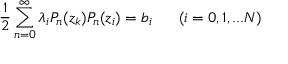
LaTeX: \frac { 1 } { 2 } \sum _ { n = 0 } ^ { \infty } \lambda _ { i } P _ { n } ( z _ { k } ) P _ { n } ( z _ { i } ) = b _ { i } ~ ~ ~ ~ ~ ( i = 0 , 1 , . . . N )